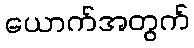
ယောက်အတွက်